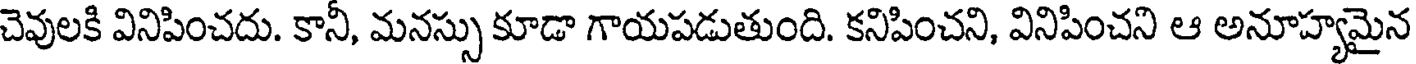
చెవులకి వినిపించదు. కానీ, మనస్సు కూడా గాయపడుతుంది. కనిపించని, వినిపించని ఆ అనూహ్యమైన